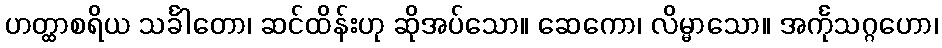
ဟတ္ထာစရိယ သင်္ခါတော၊ ဆင်ထိန်းဟု ဆိုအပ်သော။ ဆေကော၊ လိမ္မာသော။ အင်္ကုသဂ္ဂဟော၊